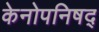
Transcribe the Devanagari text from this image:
केनोपनिषद्